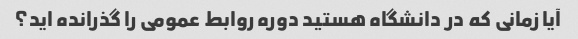
آیا زمانی که در دانشگاه هستید دوره روابط عمومی را گذرانده اید؟